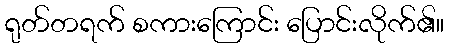
ရုတ်တရက် စကားကြောင်း ပြောင်းလိုက်၏။